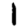
Digit: 1